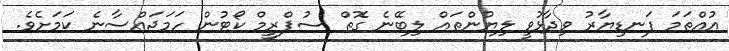
އުއްތަމަ ފަނޑިޔާރު ވިދާޅުވީ ލިޔުންތައް ލިބޭނެ ގޮތް ސުޕްރީމް ކޯޓުން ހަމަޖައްސާނެ ކަމަށެވެ.